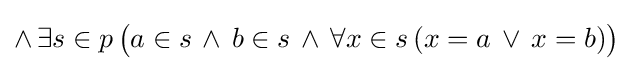
\land \,\exists s\in p\,{\big (}a\in s\,\land \,b\in s\,\land \,\forall x\in s\,(x=a\,\lor \,x=b){\big )}